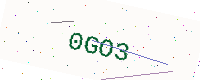
Text: 0GO3